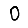
Digit: 0